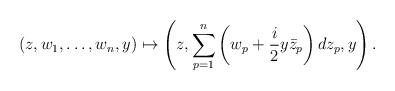
LaTeX: \begin{align*}(z, w_1, \ldots, w_n, y) \mapsto \left( z, \sum_{p=1}^n \left( w_p + \frac{i}{2} y \bar{z}_p \right) dz_p, y \right).\end{align*}